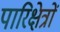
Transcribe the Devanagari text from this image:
पारिक्षेत्रों